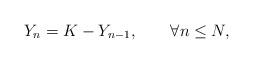
LaTeX: \begin{align*}Y_n=K-Y_{n-1},\qquad\forall n\le N,\end{align*}